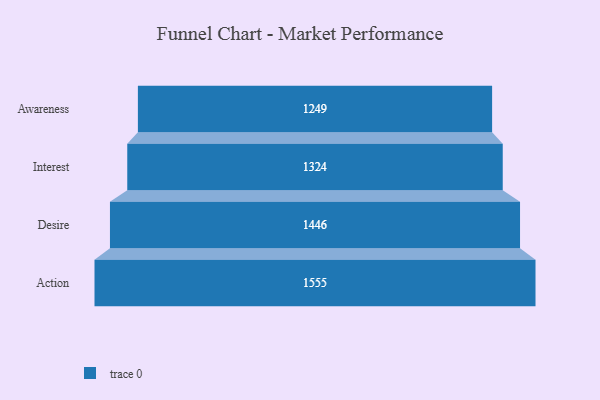
{"axis": {"x": "Stage", "y": "Value"}, "legend": [""], "data": [{"x": "Awareness", "y": 1249.0, "type": ""}, {"x": "Interest", "y": 1324.0, "type": ""}, {"x": "Desire", "y": 1446.0, "type": ""}, {"x": "Action", "y": 1555.0, "type": ""}]}